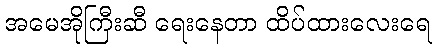
အမေအိုကြီးဆီ ရေးနေတာ ထိပ်ထားလေးရေ